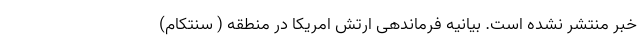
خبر منتشر نشده است. بیانیه فرماندهی ارتش امریکا در منطقه ( سنتکام)